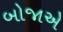
બોજાએ